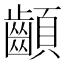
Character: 𩖁